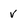
Character: V